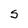
Character: S